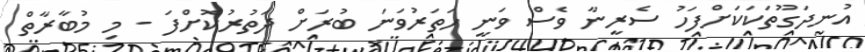
އުނދަގޫތަކަކަށްފަހު ސެރީނާ ވެސް ވަނީ ހަތަރުވަނަ ބުރަށް ދަތުރުކޮށްފަ - މި މުބާރާތް